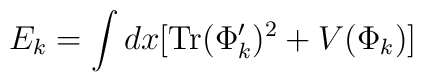
E_k = \int dx [ {\rm Tr} (\Phi_k ')^2 + V(\Phi_k ) ]